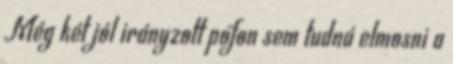
Még két jól irányzott pofon sem tudná elmosni a